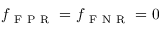
f _ { \mathrm { ~ F ~ P ~ R ~ } } = f _ { \mathrm { ~ F ~ N ~ R ~ } } = 0